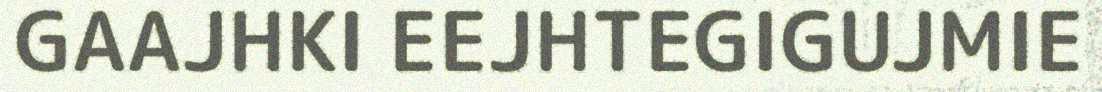
GAAJHKI EEJHTEGIGUJMIE